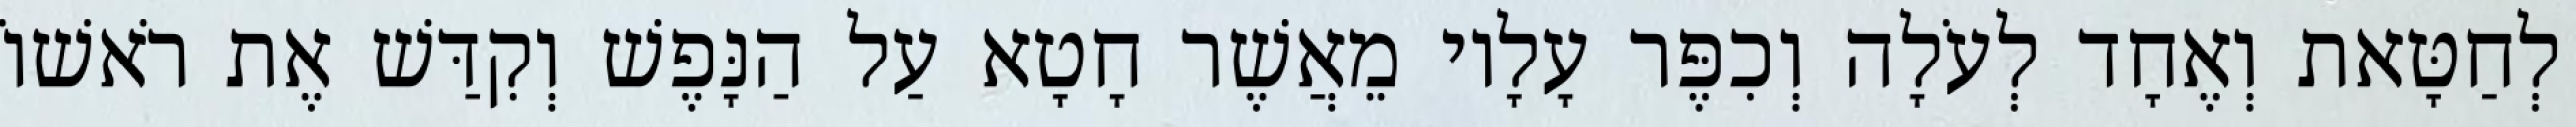
לְחַטָּאת וְאֶחָד לְעֹלָה וְכִפֶּר עָלָיו מֵאֲשֶׁר חָטָא עַל הַנָּפֶשׁ וְקִדַּשׁ אֶת רֹאשׁוֹ